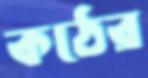
কঠের